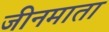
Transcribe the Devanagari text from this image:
जीनमाता